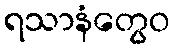
ရသာနံတွေဝ